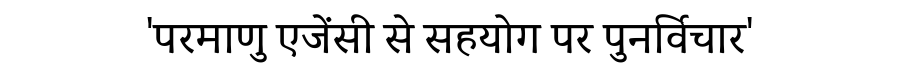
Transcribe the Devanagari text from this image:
'परमाणु एजेंसी से सहयोग पर पुनर्विचार'